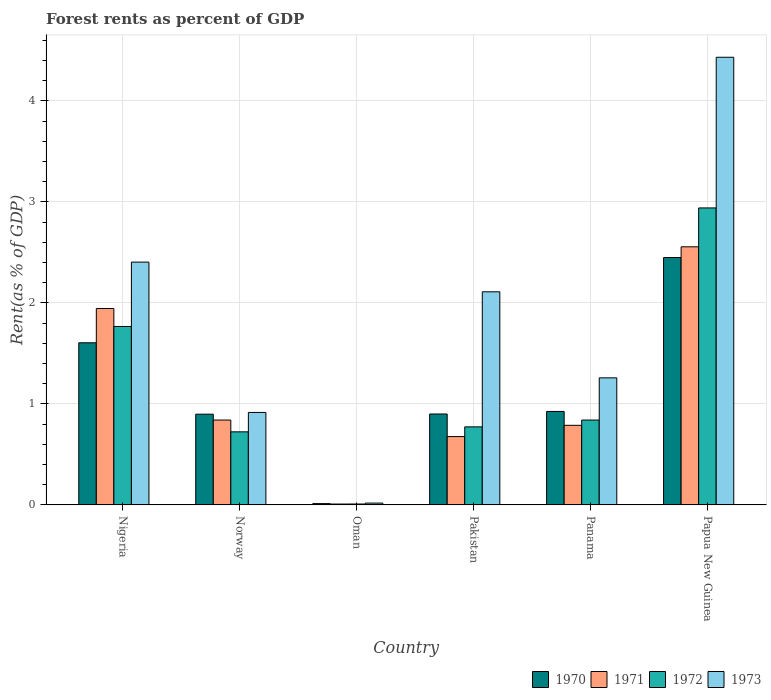
| Country | 1970 | 1971 | 1972 | 1973 |
 | --- | --- | --- | --- | --- |
 | Nigeria | 1.61 | 1.94 | 1.77 | 2.4 |
 | Norway | 0.898 | 0.84 | 0.724 | 0.916 |
 | Oman | 0.013 | 0.00881 | 0.00921 | 0.0183 |
 | Pakistan | 0.9 | 0.677 | 0.773 | 2.11 |
 | Panama | 0.926 | 0.788 | 0.84 | 1.26 |
 | Papua New Guinea | 2.45 | 2.56 | 2.94 | 4.43 |